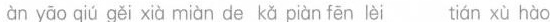
àn yāo qiú gěi xià miàn de kǎ piàn fēn lèi tián xù hào